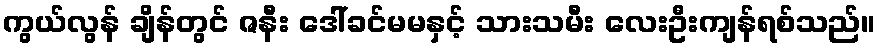
ကွယ်လွန် ချိန်တွင် ဇနီး ဒေါ်ခင်မမနှင့် သားသမီး လေးဦးကျန်ရစ်သည်။